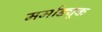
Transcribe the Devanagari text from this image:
मर्माड्यूक